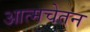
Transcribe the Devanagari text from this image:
आत्मचेतन